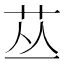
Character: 𱽘